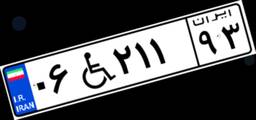
۰۳W۶۷۷۰۵